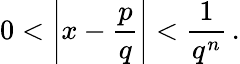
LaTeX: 0<\left|x-{\frac{p}{q}}\right|<{\frac{1}{q^{n}}}\, .